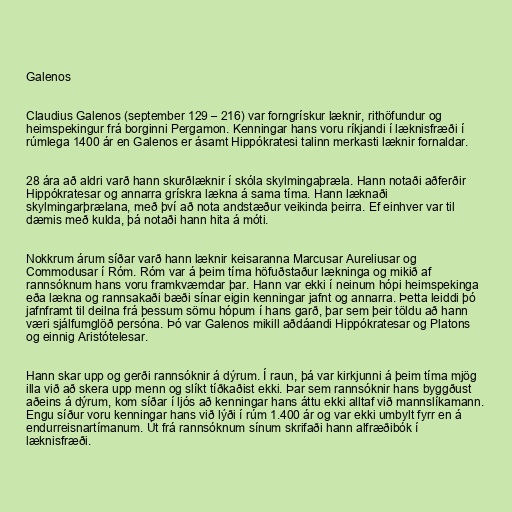
Galenos

Claudius Galenos (september 129 – 216) var forngrískur læknir, rithöfundur og
heimspekingur frá borginni Pergamon. Kenningar hans voru ríkjandi í læknisfræði í
rúmlega 1400 ár en Galenos er ásamt Hippókratesi talinn merkasti læknir fornaldar.

28 ára að aldri varð hann skurðlæknir í skóla skylmingaþræla. Hann notaði aðferðir
Hippókratesar og annarra grískra lækna á sama tíma. Hann læknaði
skylmingarþrælana, með því að nota andstæður veikinda þeirra. Ef einhver var til
dæmis með kulda, þá notaði hann hita á móti.

Nokkrum árum síðar varð hann læknir keisaranna Marcusar Aureliusar og
Commodusar í Róm. Róm var á þeim tíma höfuðstaður lækninga og mikið af
rannsóknum hans voru framkvæmdar þar. Hann var ekki í neinum hópi heimspekinga
eða lækna og rannsakaði bæði sínar eigin kenningar jafnt og annarra. Þetta leiddi þó
jafnframt til deilna frá þessum sömu hópum í hans garð, þar sem þeir töldu að hann
væri sjálfumglöð persóna. Þó var Galenos mikill aðdáandi Hippókratesar og Platons
og einnig Aristótelesar.

Hann skar upp og gerði rannsóknir á dýrum. Í raun, þá var kirkjunni á þeim tíma mjög
illa við að skera upp menn og slíkt tíðkaðist ekki. Þar sem rannsóknir hans byggðust
aðeins á dýrum, kom síðar í ljós að kenningar hans áttu ekki alltaf við mannslíkamann.
Engu síður voru kenningar hans við lýði í rúm 1.400 ár og var ekki umbylt fyrr en á
endurreisnartímanum. Út frá rannsóknum sínum skrifaði hann alfræðibók í
læknisfræði.